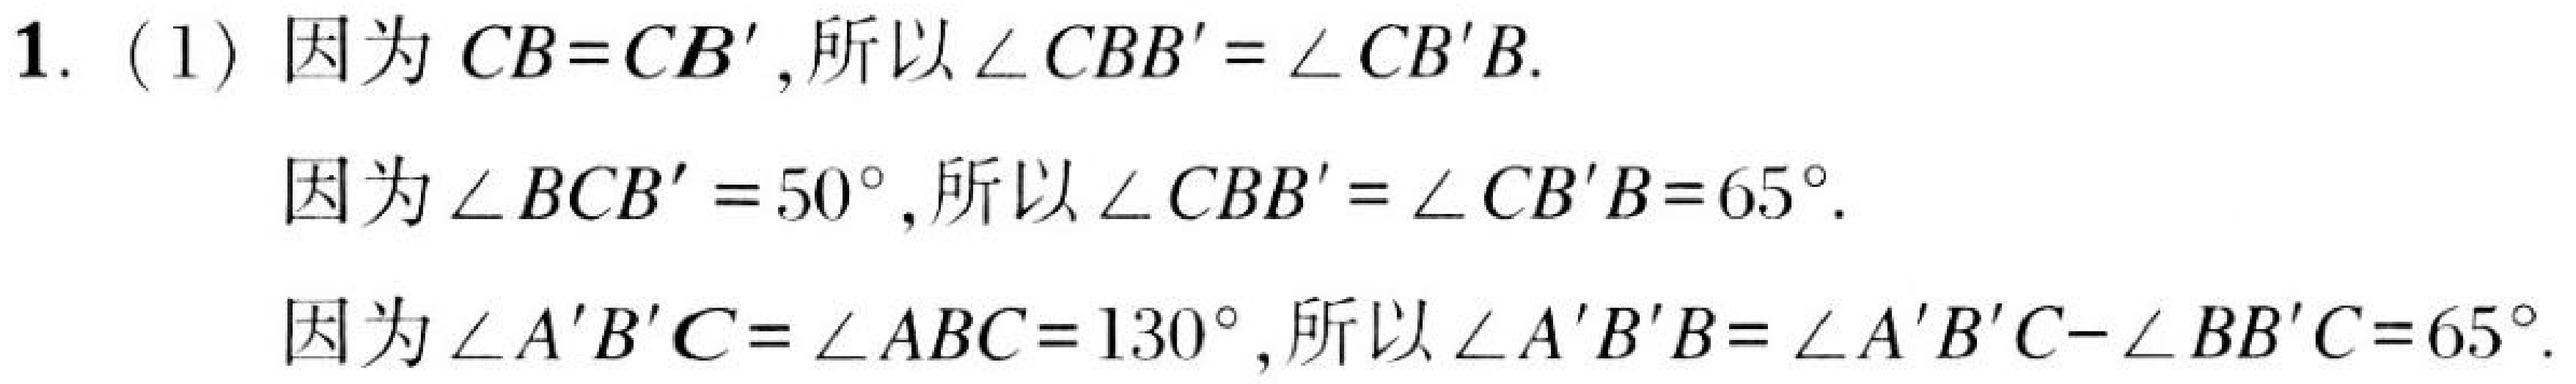
1. (1) 因为 \(CB = CB'\)，所以 \(\angle CBB'=\angle CB'B\).

因为 \(\angle BCB' = 50^{\circ}\)，所以 \(\angle CBB'=\angle CB'B = 65^{\circ}\).

因为 \(\angle A'B'C=\angle ABC = 130^{\circ}\)，所以 \(\angle A'B'B=\angle A'B'C-\angle BB'C = 65^{\circ}\).